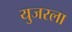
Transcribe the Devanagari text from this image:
युजरला